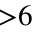
{ > } 6